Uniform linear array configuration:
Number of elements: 12
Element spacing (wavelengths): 0.25
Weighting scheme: binomial
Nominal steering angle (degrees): -45
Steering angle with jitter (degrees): -44.868
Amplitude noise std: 0.05
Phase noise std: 0.05

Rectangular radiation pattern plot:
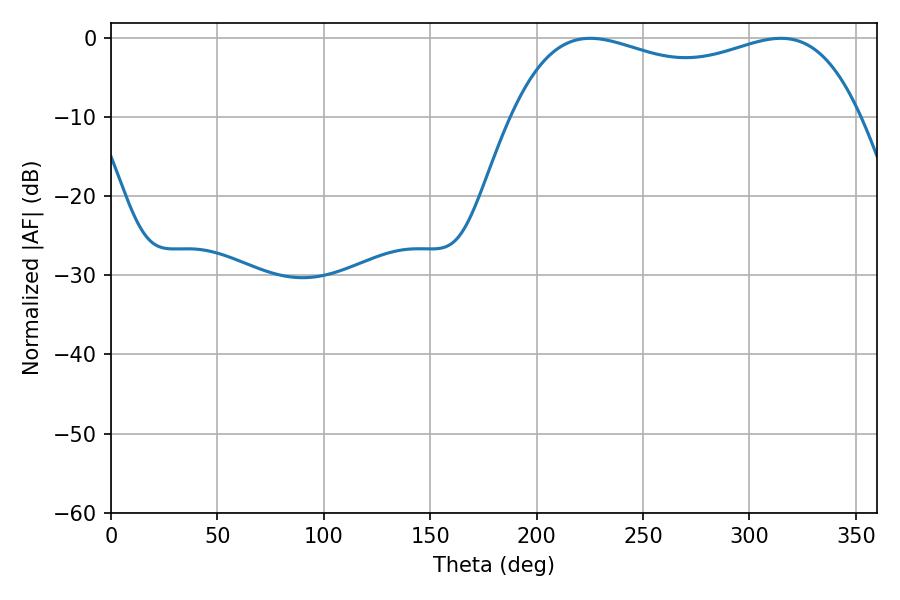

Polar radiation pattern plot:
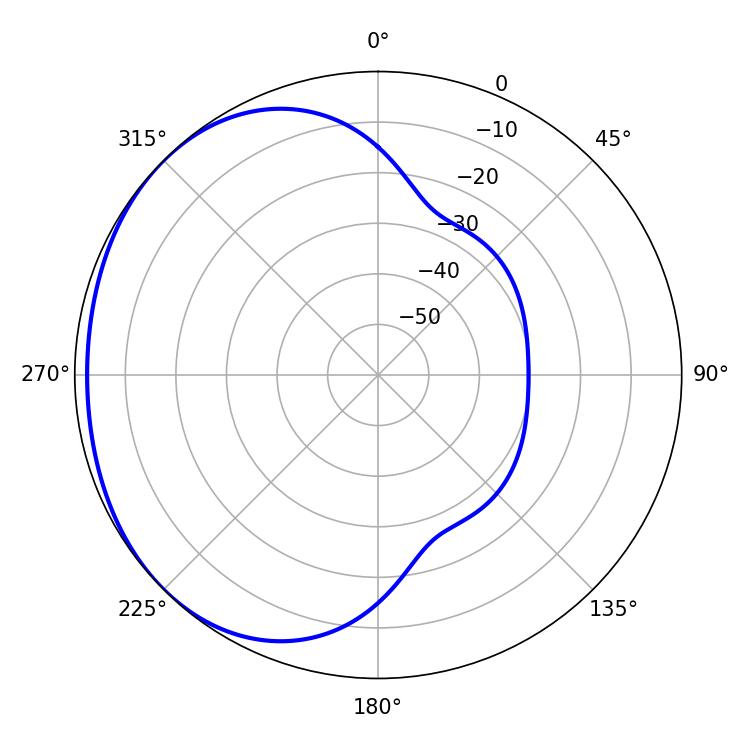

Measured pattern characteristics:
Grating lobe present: FALSE
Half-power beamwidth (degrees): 133.92
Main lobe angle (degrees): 225.18